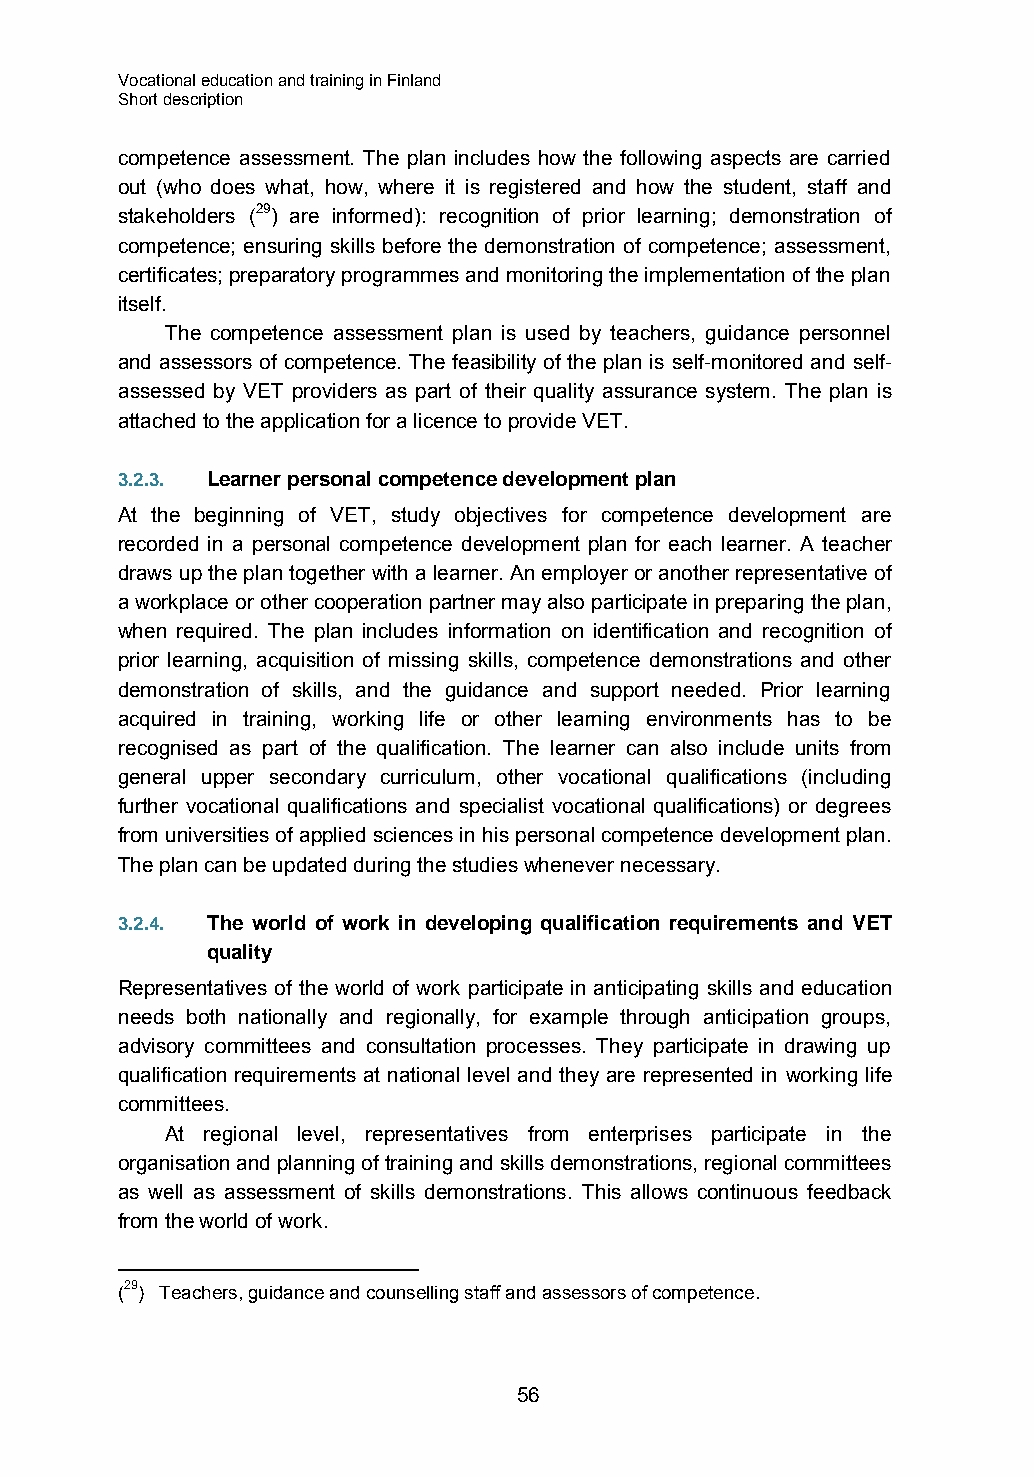
Vocational education and training in Finland
 Short description
 competence assessment. The plan includes how the following aspects are carried
 out (who does what, how, where it is registered and how the student, staff and
 stakeholders (29) are informed): recognition of prior learning; demonstration of
 competence; ensuring skills before the demonstration of competence; assessment,
 certificates; preparatory programmes and monitoring the implementation of the plan
 itself.
 The competence assessment plan is used by teachers, guidance personnel
 and assessors of competence. The feasibility of the plan is self-monitored and self-
 assessed by VET providers as part of their quality assurance system. The plan is
 attached to the application for a licence to provide VET.
 3.2.3. Learner personal competence development plan
 At the beginning of VET, study objectives for competence development are
 recorded in a personal competence development plan for each learner. A teacher
 draws up the plan together with a learner. An employer or another representative of
 a workplace or other cooperation partner may also participate in preparing the plan,
 when required. The plan includes information on identification and recognition of
 prior learning, acquisition of missing skills, competence demonstrations and other
 demonstration of skills, and the guidance and support needed. Prior learning
 acquired in training, working life or other learning environments has to be
 recognised as part of the qualification. The learner can also include units from
 general upper secondary curriculum, other vocational qualifications (including
 further vocational qualifications and specialist vocational qualifications) or degrees
 from universities of applied sciences in his personal competence development plan.
 The plan can be updated during the studies whenever necessary.
 3.2.4. The world of work in developing qualification requirements and VET
 quality
 Representatives of the world of work participate in anticipating skills and education
 needs both nationally and regionally, for example through anticipation groups,
 advisory committees and consultation processes. They participate in drawing up
 qualification requirements at national level and they are represented in working life
 committees.
 At regional level, representatives from enterprises participate in the
 organisation and planning of training and skills demonstrations, regional committees
 as well as assessment of skills demonstrations. This allows continuous feedback
 from the world of work.
 (29) Teachers, guidance and counselling staff and assessors of competence.
 56